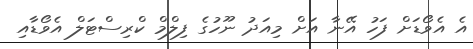
އެ އެވޯޑަށް ފަހު އޭނާ އަށް މިއަދު ނޫހުގެ ފިލްމް ކްރިސްޓަލް އެވޯޑާއި